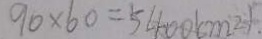
9 0 \times 6 0 = 5 4 0 0 ( c m ^ { 2 } )